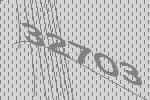
32703